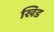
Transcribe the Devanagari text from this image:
खिड